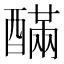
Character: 䤍